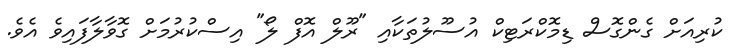
ކުރިއަށް ގެންގޮސް ޑިމޮކްރަޓިކް އުސޫލުތަކާއި "ރޫލް އޮފް ލޯ" އިސްކުރުމަށް ގޮވާލާފައިވެ އެވެ.